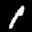
Label: 1